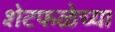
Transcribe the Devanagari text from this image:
शेटफळेच्या